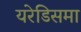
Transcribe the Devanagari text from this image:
यरेडिसमा